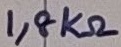
Text: 1,8KΩ